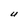
Character: U